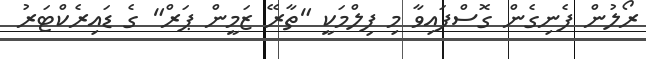
ރޯލުން ފެނިގެން ގޮސްފައިވާ މި ފިލްމަކީ "ތާރޭ ޒަމީން ޕަރް" ގެ ޑައިރެކްޓަރު